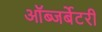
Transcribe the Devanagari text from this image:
ऑब्जर्बेटरी